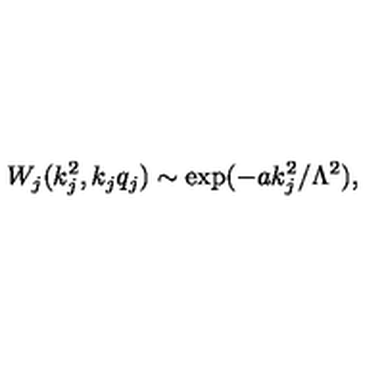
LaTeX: W _ { j } ( k _ { j } ^ { 2 } , k _ { j } q _ { j } ) \sim \exp ( - a k _ { j } ^ { 2 } / \Lambda ^ { 2 } ) ,